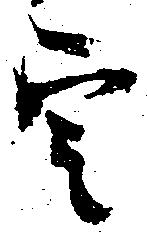
定